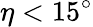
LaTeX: \eta<15^{\circ}